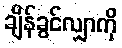
ချိန်ခွင်လျှာကို